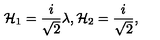
{ \cal H } _ { 1 } = \frac { i } { \sqrt { 2 } } \lambda , { \cal H } _ { 2 } = \frac { i } { \sqrt { 2 } } ,